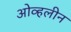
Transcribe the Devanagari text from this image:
ओव्हलीन